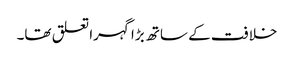
خلافت کے ساتھ بڑا گہرا تعلق تھا۔